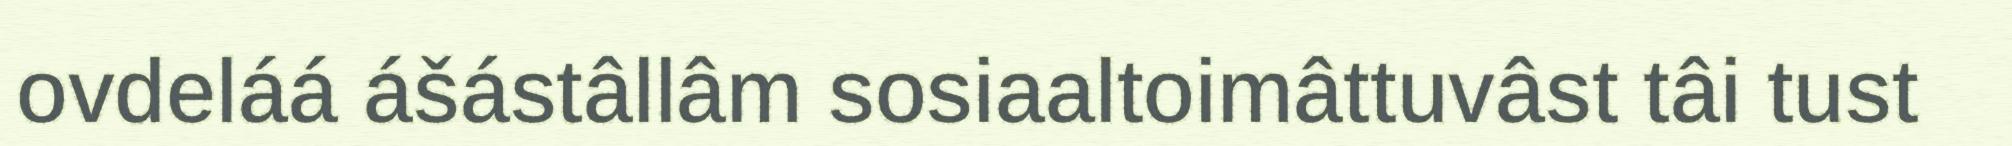
ovdeláá ášástâllâm sosiaaltoimâttuvâst tâi tust